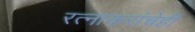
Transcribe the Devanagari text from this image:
रत्‍नाकरांचेही